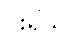
ပိုးရှိသူ